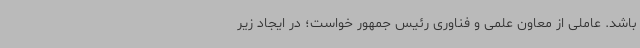
باشد. عاملی از معاون علمی و فناوری رئیس جمهور خواست؛ در ایجاد زیر